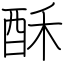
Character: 酥